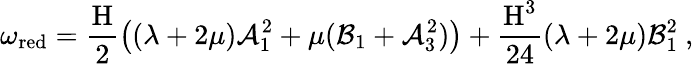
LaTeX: \omega_{\textup{red}}=\frac{\textup{H}}{2}\left((\lambda+2\mu)\mathcal{A}_{1}^{2}+\mu(\mathcal{B}_{1}+\mathcal{A}_{3}^{2})\right)+\frac{\textup{H}^{3}}{24}(\lambda+2\mu)\mathcal{B}_{1}^{2}\ ,